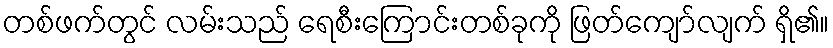
တစ်ဖက်တွင် လမ်းသည် ရေစီးကြောင်းတစ်ခုကို ဖြတ်ကျော်လျက် ရှိ၏။